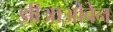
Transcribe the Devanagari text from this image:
झीआओवेन